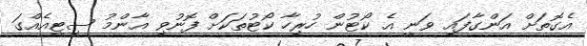
އެގޮތަށް އަންގާފައި ވަނީ އެ ކޯޓުން ހުރިހާ ކޯޓުތަކަށް ފޮނުވި އާންމު ސިޓީއެއްގަ